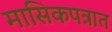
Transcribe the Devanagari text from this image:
मासिकपत्रात